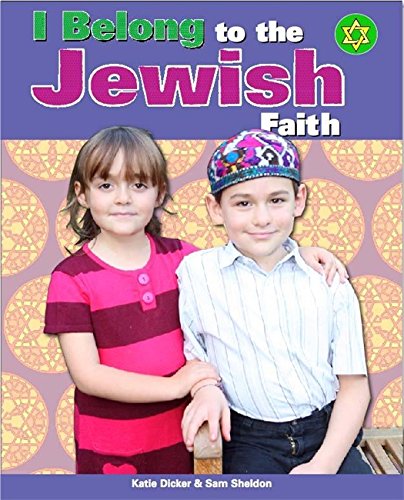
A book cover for To the Jewish Faith (I Belong); Katie Dicker; Children's Books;